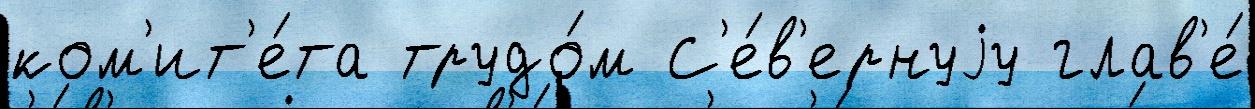
ком'ит'е́та трудо́м С'е́в'ернуjу глав'е́